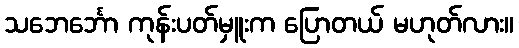
သဘေင်္ဘော ကုန်းပတ်မှူးက ပြောတယ် မဟုတ်လား။